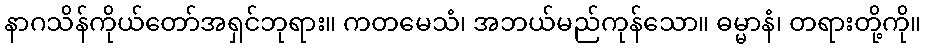
နာဂသိန်ကိုယ်တော်အရှင်ဘုရား။ ကတမေသံ၊ အဘယ်မည်ကုန်သော။ ဓမ္မာနံ၊ တရားတို့ကို။